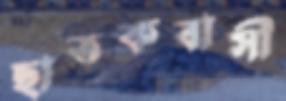
ছাতকবাসী